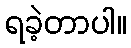
ရခဲ့တာပါ။